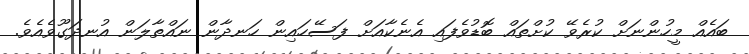
ބައެއް މީހުންނަށް ކުރެވޭ ކުށްތައް ބޮޑުވެފައި އެނެކާއަށް ފަސޭހައިން ހަނދާން ނައްތާލަން އުނދަގޫވެއެވެ.